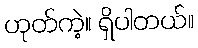
ဟုတ်ကဲ့။ ရှိပါတယ်။